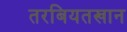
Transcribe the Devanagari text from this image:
तरबियतखान